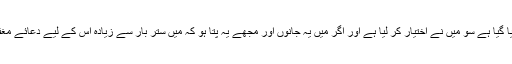
جب مَیں نے آپؐ سے بہت اصرار کیا تو آپؐ نے فرمایا مجھے تو اختیار دیا گیا ہے سو مَیں نے اختیار کر لیا ہے اور اگر مَیں یہ جانوں اور مجھے یہ پتا ہو کہ مَیں ستّر بار سے زیادہ اس کے لیے دعائے مغفرت کروں اور وہ بخشا جائے گا تو مَیں ضرور اس سے بھی زیادہ کروں۔